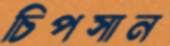
চিপসান